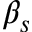
\beta _ { s }